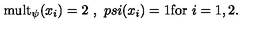
\mathrm { m u l t } _ { \psi } ( x _ { i } ) = 2 \ , \ p s i ( x _ { i } ) = 1 \mathrm { f o r \ } i = 1 , 2 .